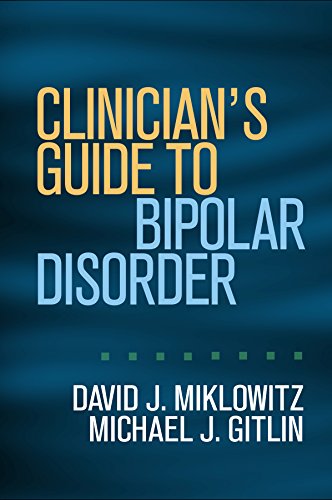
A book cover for Clinician's Guide to Bipolar Disorder; David J. Miklowitz PhD; Health, Fitness & Dieting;